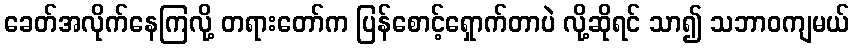
ခေတ်အလိုက်နေကြလို့ တရားတော်က ပြန်စောင့်ရှောက်တာပဲ လို့ဆိုရင် သာ၍ သဘာဝကျမယ်